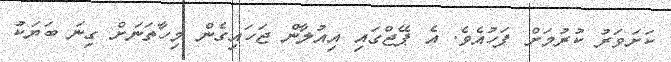
ކަށަވަރު ކުރުމަށް ފަހުއެވެ. އެ ޕޭޖްގައި އިއުލާން ޖަހައިގެން މިހާތަނަށް ގިނަ ބަޔަކު